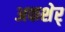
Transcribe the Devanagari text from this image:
अकशेर्